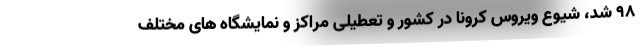
98 شد، شیوع ویروس کرونا در کشور و تعطیلی مراکز و نمایشگاه های مختلف